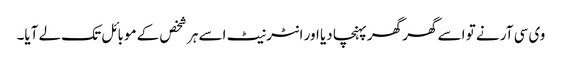
وی سی آر نے تو اسے گھر گھر پہنچا دیا اور انٹرنیٹ اسے ہر شخص کے موبائل تک لے آیا۔